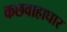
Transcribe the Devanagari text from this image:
कछवाहाघार